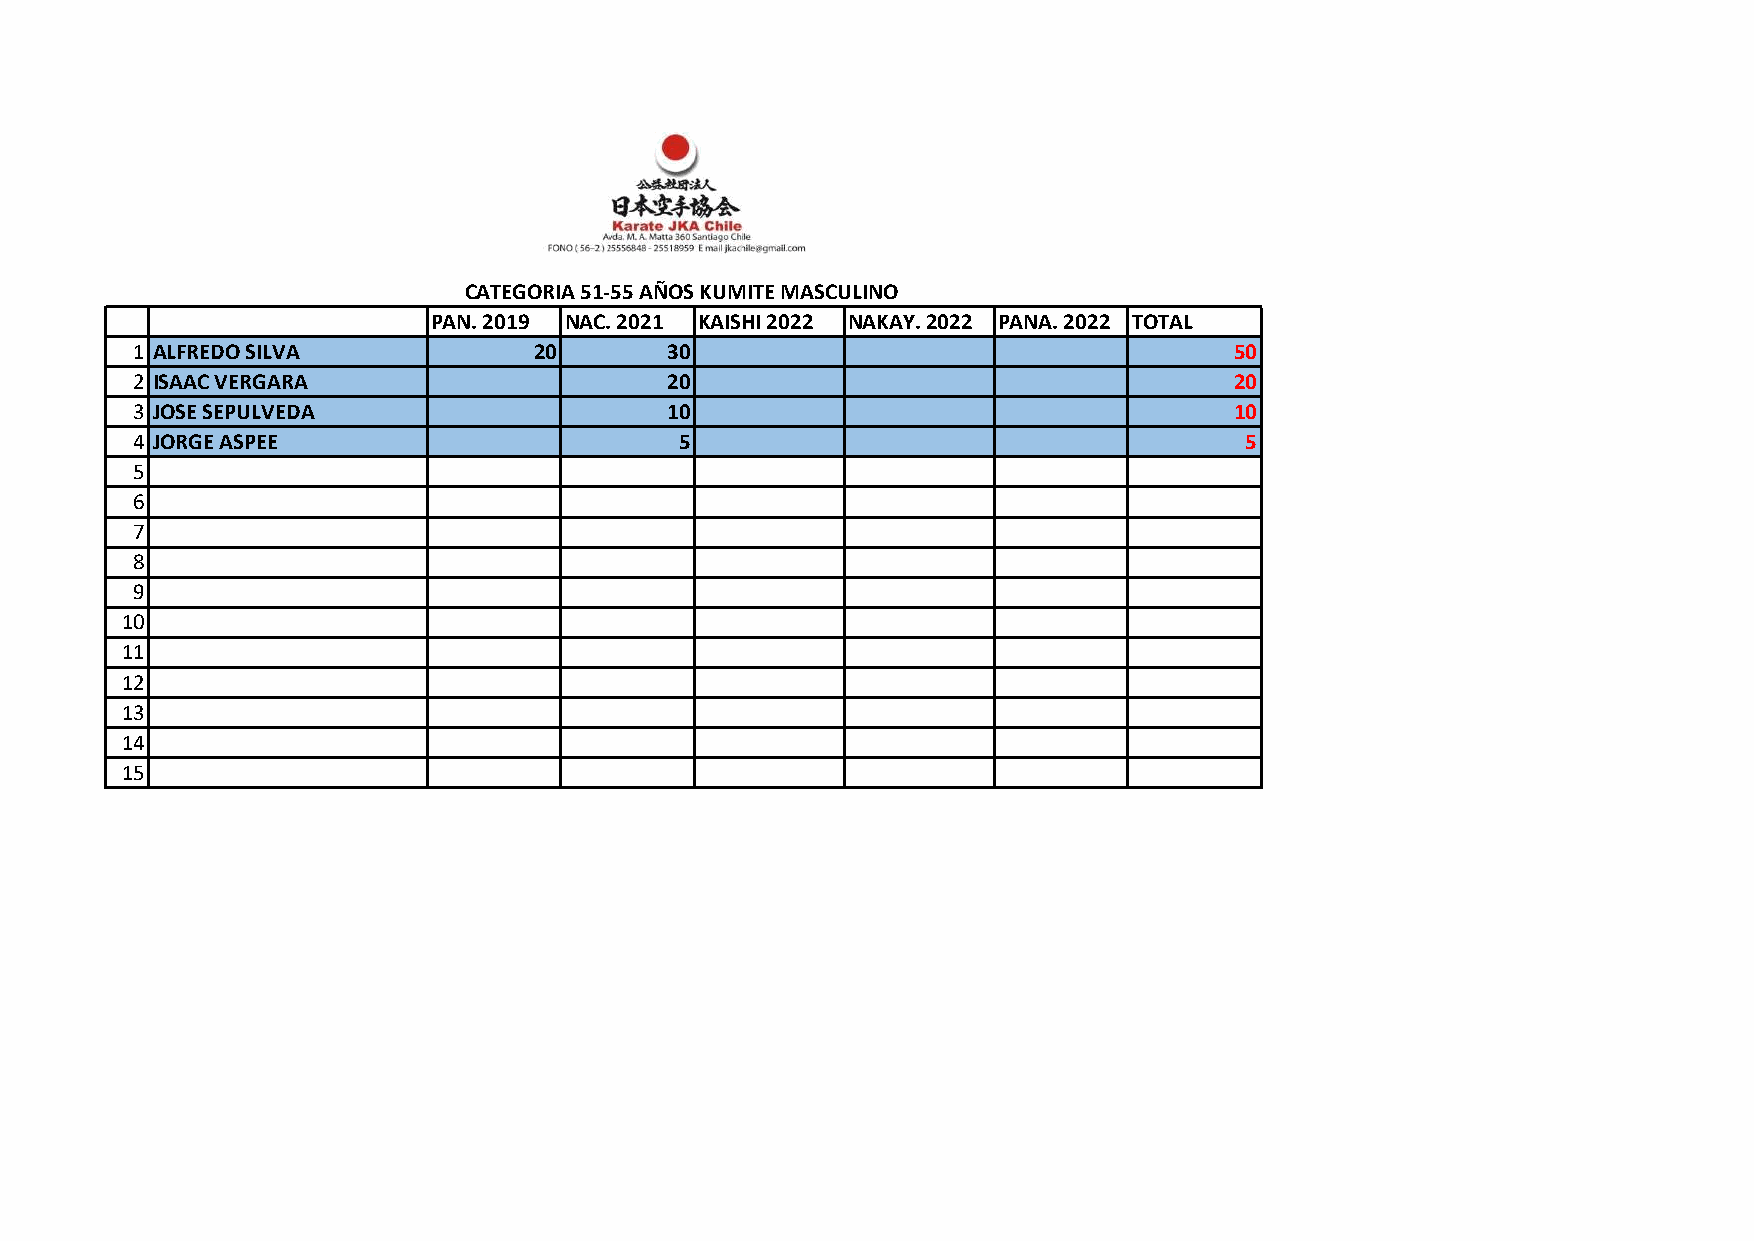
CATEGORIA 51-55 AÑOS KUMITE MASCULINO
 PAN. 2019 NAC. 2021 KAISHI 2022 NAKAY. 2022 PANA. 2022 TOTAL
 1 ALFREDO SILVA           20       30                                    50
 2 ISAAC VERGARA                    20                                    20
 3 JOSE SEPULVEDA                   10                                    10
 4 JORGE ASPEE                       5                                    5
 5
 6
 7
 8
 9
 10
 11
 12
 13
 14
 15